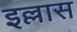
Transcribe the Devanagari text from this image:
इल्लास